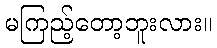
မကြည့်တော့ဘူးလား။